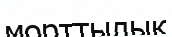
морттылық